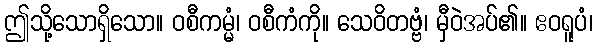
ဤသို့သောရှိသော။ ဝစီကမ္မံ၊ ဝစီကံကို။ သေဝိတဗ္ဗံ၊ မှီဝဲအပ်၏။ ဧဝရူပံ၊